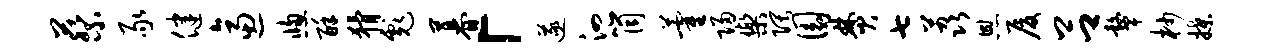
蔡豕健逼窗酥猾彪暮「遂泗筒藿归乐隈圜焚七荔恩厦吕鼙杪揲